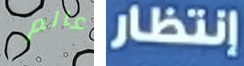
عالم إنتظار